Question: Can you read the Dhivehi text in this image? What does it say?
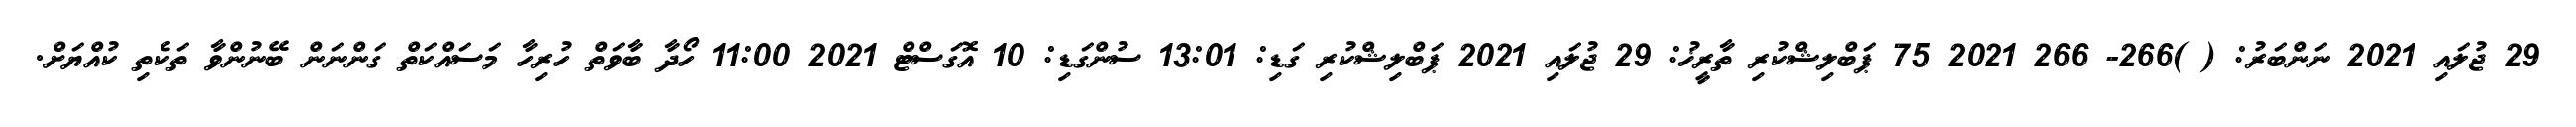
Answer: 29 ޖުލައި 2021 ނަންބަރު: ( )266- 266 2021 75 ޕަބްލިޝްކުރި ތާރީޚު: 29 ޖުލައި 2021 ޕަބްލިޝްކުރި ގަޑި: 13:01 ސުންގަޑި: 10 އޮގަސްޓް 2021 11:00 ހޯދާ ބާވަތް ހުރިހާ މަސައްކަތް ގަންނަން ބޭނުންވާ ތަކެތި ކުއްޔަށް.